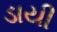
ડાયી